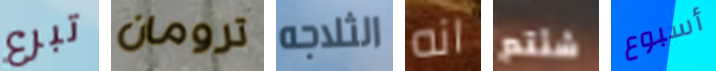
تبرع ترومان الثلاجه انه شئتم أسبوع